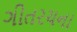
ગીતરચના